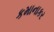
કમાનાકર